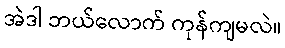
အဲဒါ ဘယ်လောက် ကုန်ကျမလဲ။